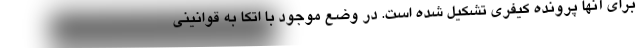
برای آنها پرونده کیفری تشکیل شده است. در وضع موجود با اتکا به قوانینی